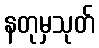
နတုမှသုတ်